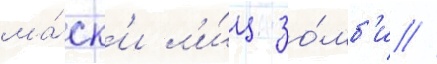
ма́ск'и л'и́ц зо́мб'и //